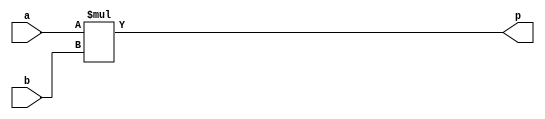
module mul_plain(a, b, p);

    parameter M = 6;
    parameter N = 6;

    input wire [M-1:0] a;
    input wire [N-1:0] b;
    output wire [M+N-1:0] p;

    assign p = a * b;

endmodule